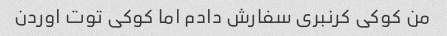
من کوکی کرنبری سفارش دادم اما کوکی توت اوردن